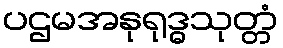
ပဌမအနုရုဒ္ဓသုတ္တံ